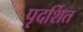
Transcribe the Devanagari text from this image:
पृदर्शित